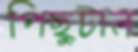
পিছুটান